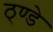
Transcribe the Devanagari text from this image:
ठ्ण्डे